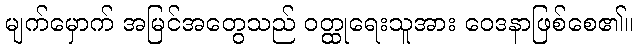
မျက်မှောက် အမြင်အတွေသည် ဝတ္ထုရေးသူအား ဝေဒနာဖြစ်စေ၏။